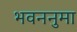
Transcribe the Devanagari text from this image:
भवननुमा